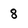
Character: 8